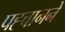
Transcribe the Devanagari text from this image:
पह्चानने